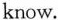
know.